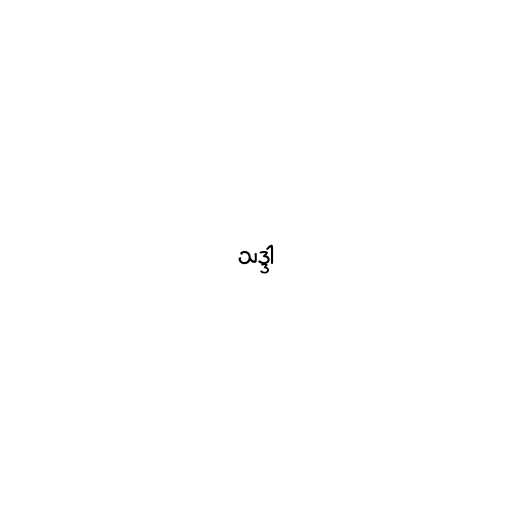
သဒ္ဒါ